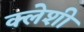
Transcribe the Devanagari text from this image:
क्लेशी